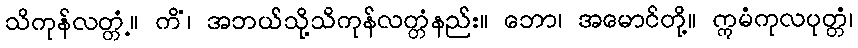
သိကုန်လတ္တံ့။ ကိံ၊ အဘယ်သို့သိကုန်လတ္တံနည်း။ ဘော၊ အမောင်တို့။ ဣမံကုလပုတ္တံ၊